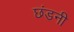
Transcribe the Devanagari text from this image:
छंडनी